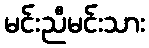
မင်းညီမင်းသား